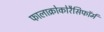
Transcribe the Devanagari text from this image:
फालाक्रोकोरैसिफॉर्म